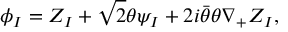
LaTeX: \phi _ { I } = Z _ { I } + { \sqrt 2 } \theta \psi _ { I } + 2 i \bar { \theta } \theta \nabla _ { + } Z _ { I } ,